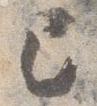
己